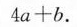
4 a + b$$.